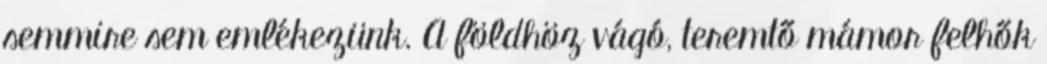
semmire sem emlékezünk. A földhöz vágó, teremtő mámor felhők